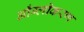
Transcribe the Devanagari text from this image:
आँग्लीकरण